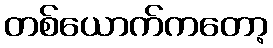
တစ်ယောက်ကတော့